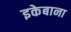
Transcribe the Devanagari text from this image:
इकेबाना